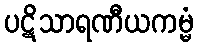
ပဋိသာရဏီယကမ္မံ